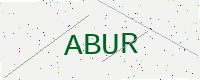
Text: ABUR